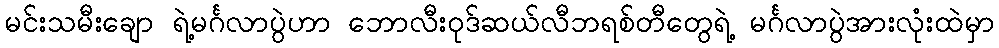
မင်းသမီးချော ရဲ့မင်္ဂလာပွဲဟာ ဘောလီးဝုဒ်ဆယ်လီဘရစ်တီတွေရဲ့ မင်္ဂလာပွဲအားလုံးထဲမှာ